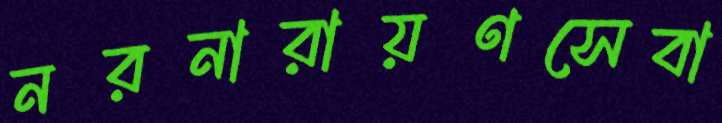
নরনারায়ণসেবা